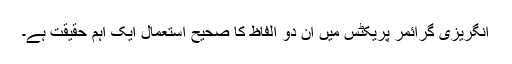
انگریزی گرائمر پریکٹس میں ان دو الفاظ کا صحیح استعمال ایک اہم حقیقت ہے۔